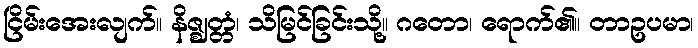
ငြိမ်းအေးလျက်။ နိဇ္ဈတ္တံ၊ သိမြင်ခြင်းသို့။ ဂတော၊ ရောက်၏။ တာဥပမာ၊